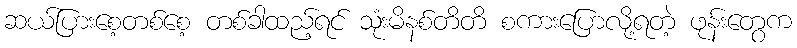
ဆယ်ပြားစေ့တစ်စေ့ တစ်ခါထည့်ရင် သုံးမိနစ်တိတိ စကားပြောလို့ရတဲ့ ဖုန်းတွေက